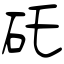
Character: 矺